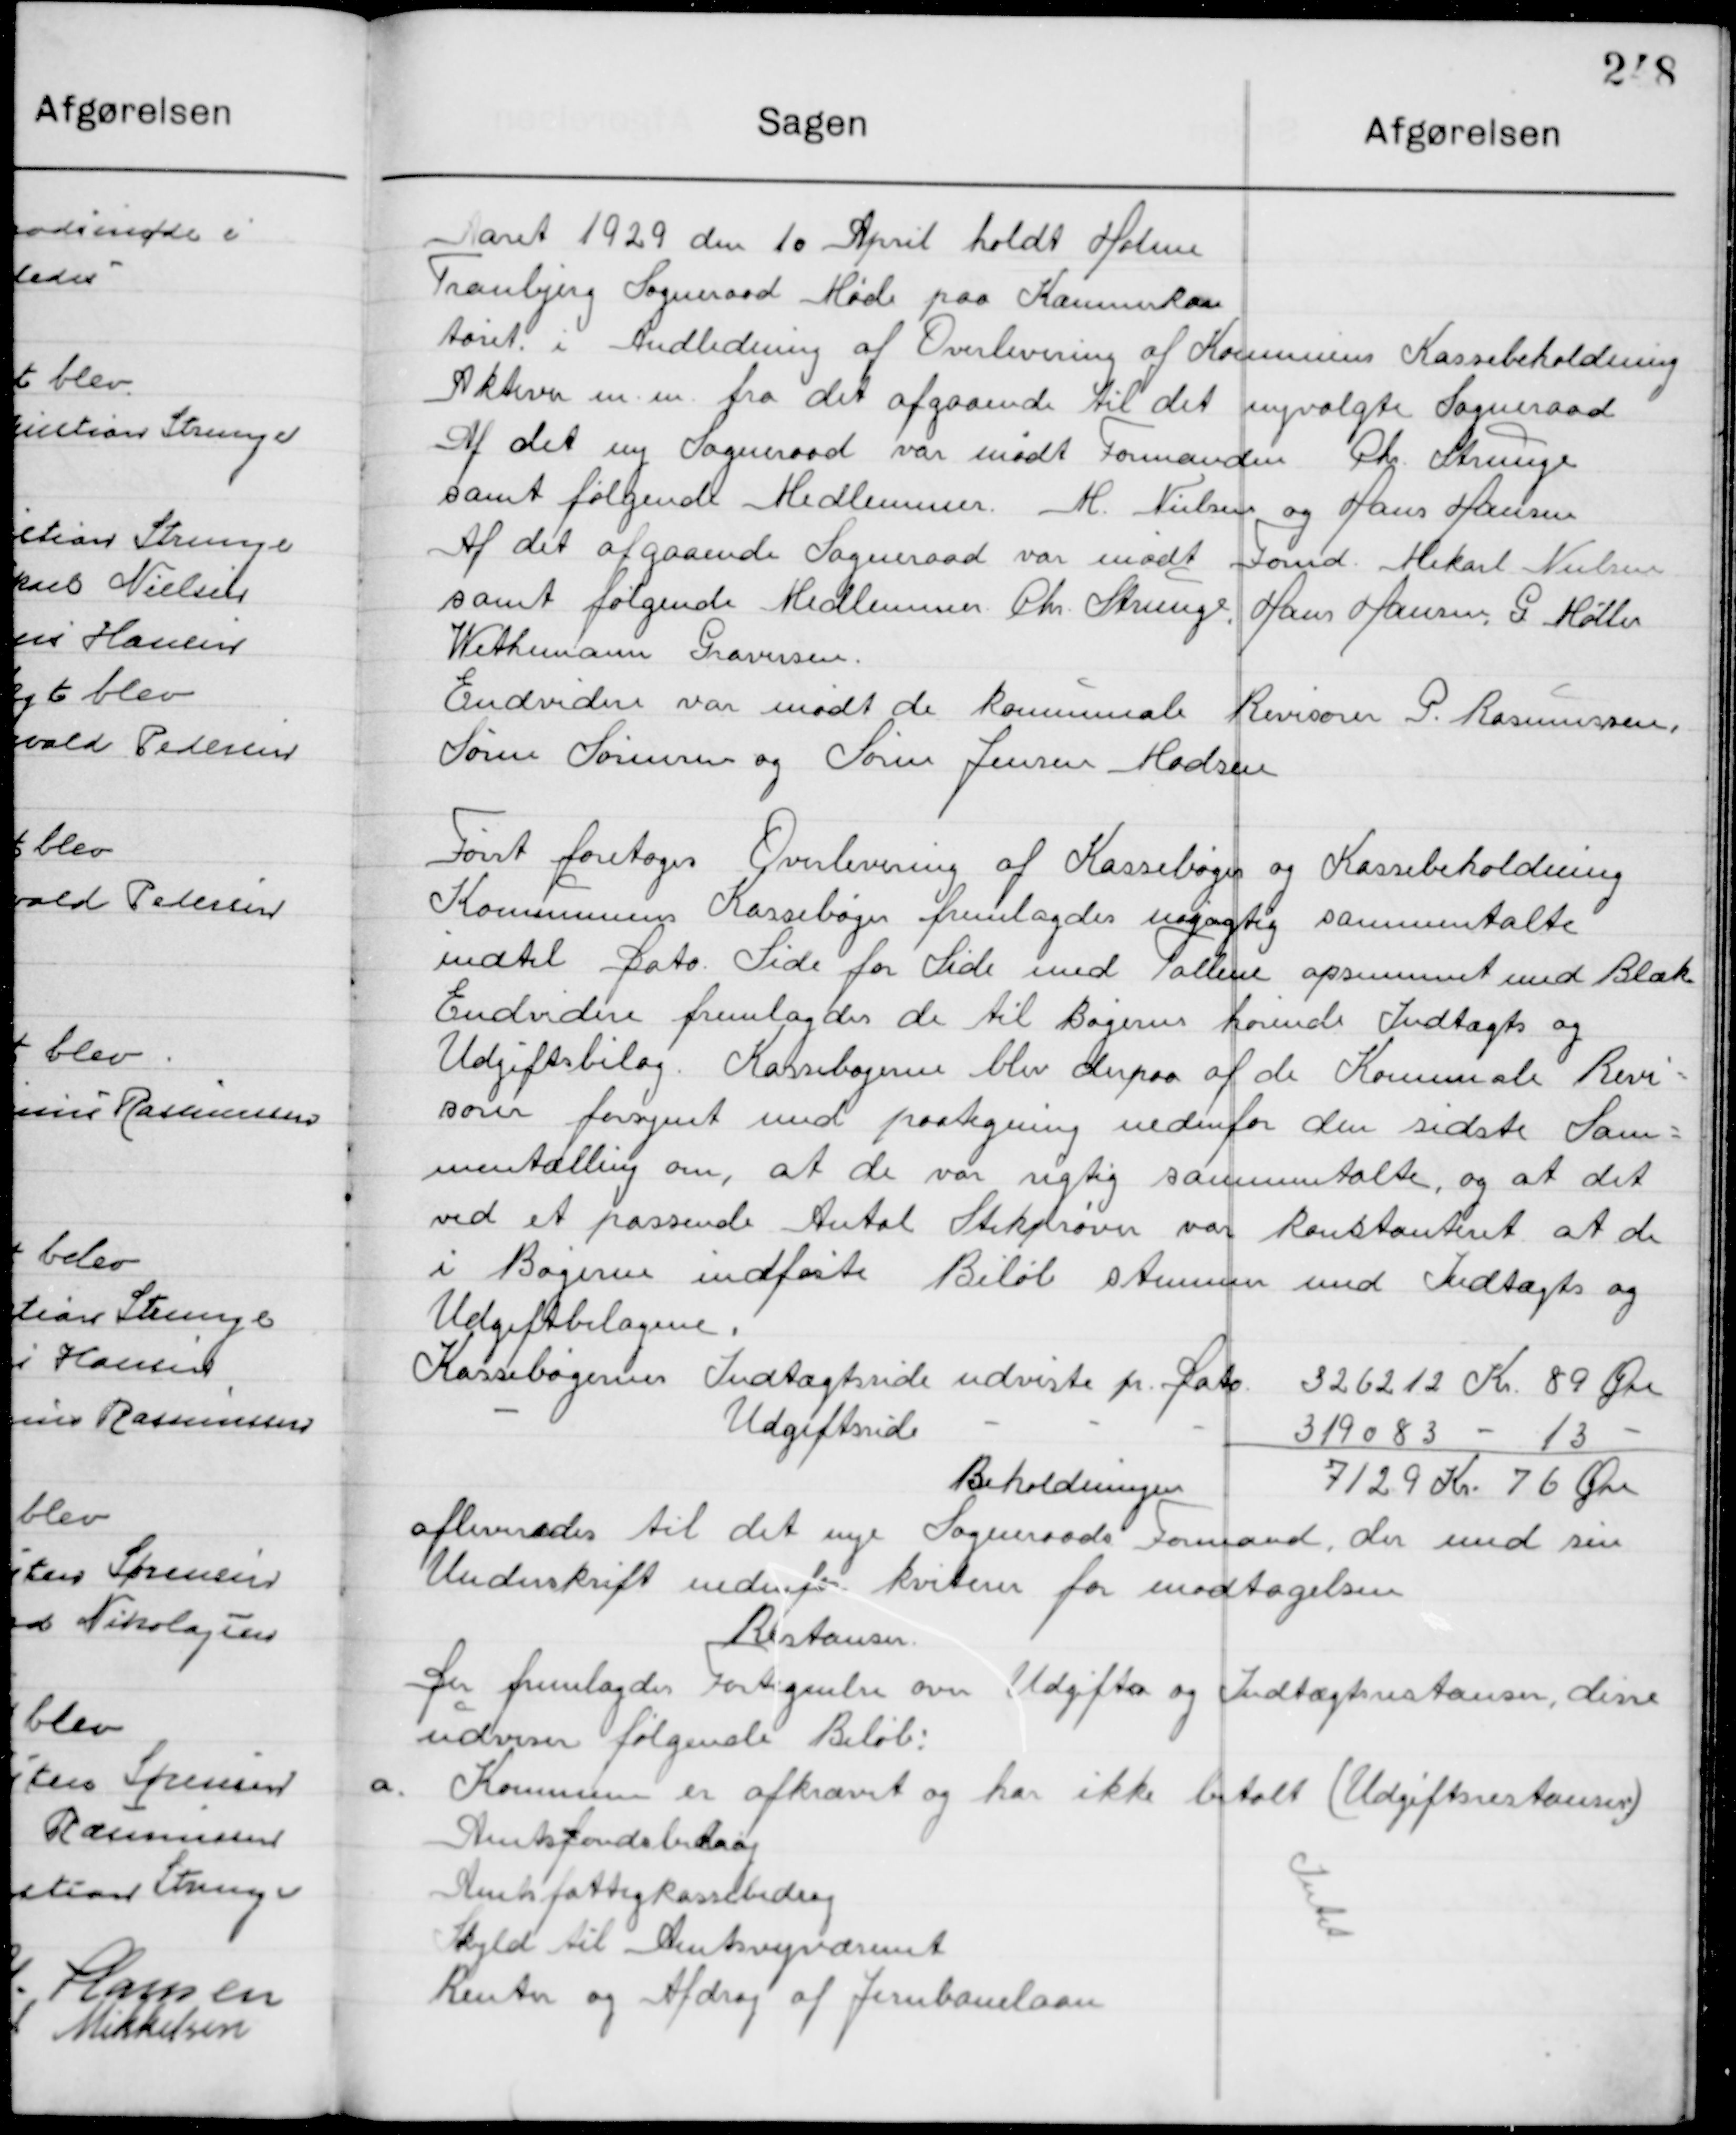
Transskription:
Aaret 1929 den 10 April holdt møde i Holme 
Tranbjerg Sogneraad Møde paa Kommunekon-
toret i Anledning af Overlevering af Kommunens Kassebeholdning
Aktiver m.m. fra det afgaaende til det nyvalgte Sogneraad
Af det ny Sogneraad var mødt Formanden Chr. Strunge,
samt følgende Medlemmer H. Nielsen og Hans Hansen.
Af det afgaaende Sogneraad var mødt Formd. Mikael Nielsen
samt følgende Medlemmer Chr. Strunge, Hans Hansen, G. Møller
Wethemann Graversen
Endvidere var mødt de kommunale Revisorer P. Rasmussen
Søren Sørensen og Søren Jensen Madsen.

Først foretoges Overlevering af Kassebøger og Kassebeholdning
Kommunen Kassebøger fremlagdes nøjagtig sammentalte
Indtil dato Side for Side med Tallene opsummeret med Blæk.
Endvidere fremlagdes de til Bøgerne hørende Indtægts og
Udgiftsbilag. Kassebøgerne blev derpaa af de Kommunale Revi-
sorer forsynet med paategning nedenfor den sidste Sam-
mentælling om at de var rigtig sammentalte, og at det
ved et passende antal Stikprøver var Konstateret at de
i Bøgerne indførte Beløb stemmer med Indtægts og
Udgiftsbilagene.
Kassebøgernes Indtægtsside udviste pr. Dato	326212 Kr. 89 Øre
				-				Udgiftssiden 				-				319083	– 13 –
																Beholdning		7129 Kr. 76 Øre
Afleveredes til det nye Sogneraads Formand, der med sin 
Underskrift nedenfor kvitterer for modtagelsen.

Restancer
Der fremlagdes Fortegnelse over Udgifter og Indtægts restanser, disse
Udviser følgende Beløb:

a.

Kommunen er afkrævet og har ikke betalt (Udgift restancer)
Amtsfondsbidrag    
Amtsfattigkasse bidrag
Skyld til Amtsvejvæsenet 
Renter og Afdrag af Jernbane laan